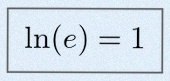
\ln(e)=1